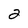
Character: 2